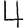
Digit: 4